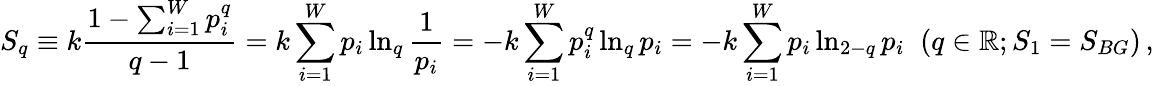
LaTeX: S_{q}\equiv k\frac{1-\sum_{i=1}^{W}p_{i}^{q}}{q-1}=k\sum_{i=1}^{W}p_{i}\ln_{q}\frac{1}{p_{i}}=-k\sum_{i=1}^{W}p_{i}^{q}\ln_{q}p_{i}=-k\sum_{i=1}^{W}p_{i}\ln_{2-q}p_{i}\; \; (q\in\mathbb{R};S_{1}=S_{BG})\, ,